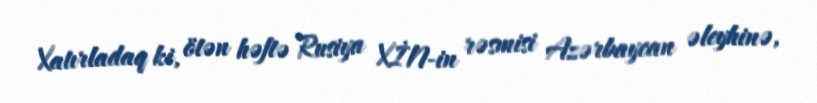
Xatırladaq ki, ötən həftə Rusiya XİN-in rəsmisi Azərbaycan əleyhinə,